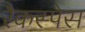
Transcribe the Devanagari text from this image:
रैकस्पेस